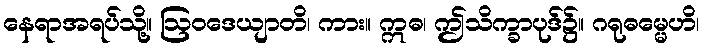
နေရာအရပ်သို့။ ဩဝဒေယျာတိ၊ ကား။ ဣဓ၊ ဤသိက္ခာပုဒ်၌။ ဂရုဓမ္မေဟိ၊